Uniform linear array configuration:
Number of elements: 8
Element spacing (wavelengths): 0.5
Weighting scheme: blackman
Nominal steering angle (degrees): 15
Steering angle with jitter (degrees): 13.753
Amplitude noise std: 0.05
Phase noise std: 0.05

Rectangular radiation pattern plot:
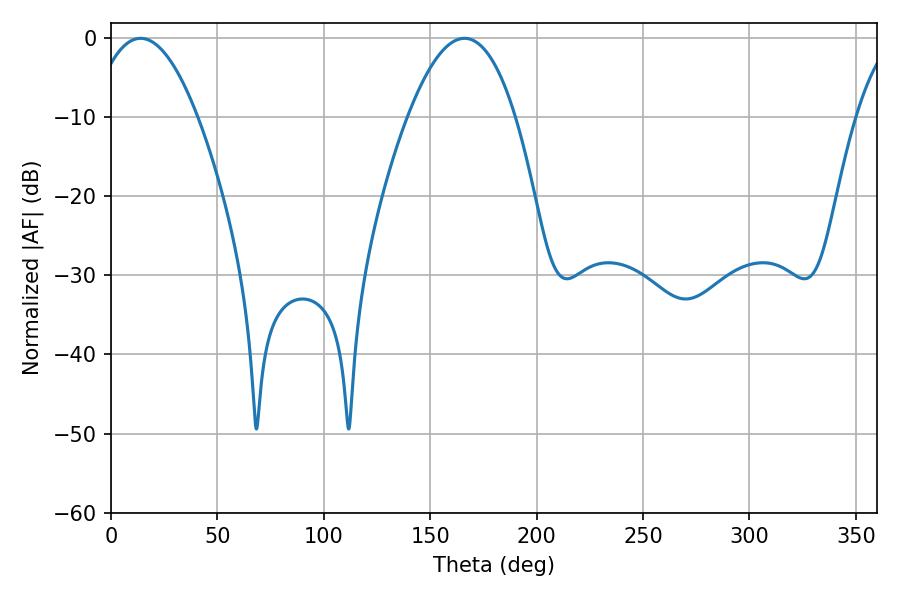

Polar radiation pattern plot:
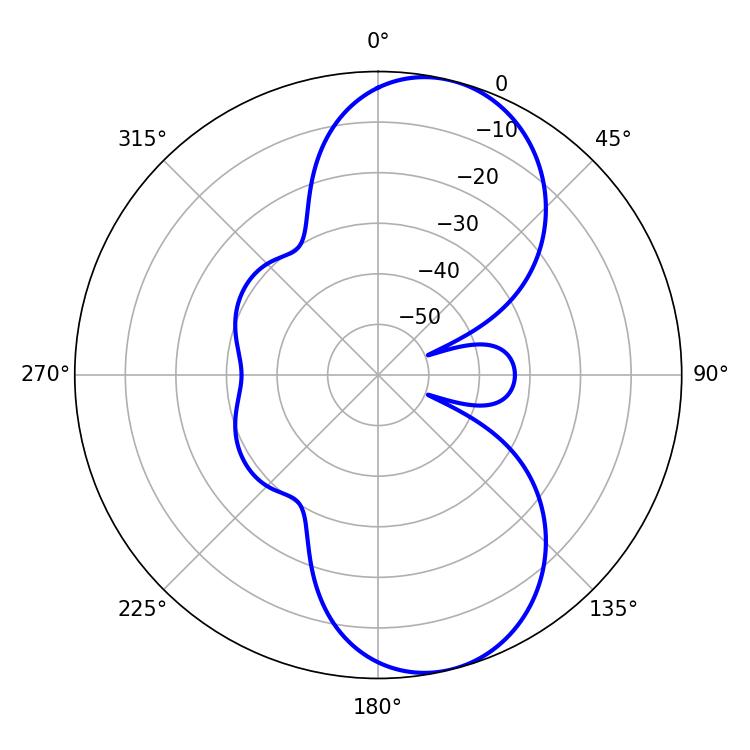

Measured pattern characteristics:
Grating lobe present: FALSE
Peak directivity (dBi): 8.886
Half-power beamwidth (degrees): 27.72
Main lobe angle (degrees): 13.86